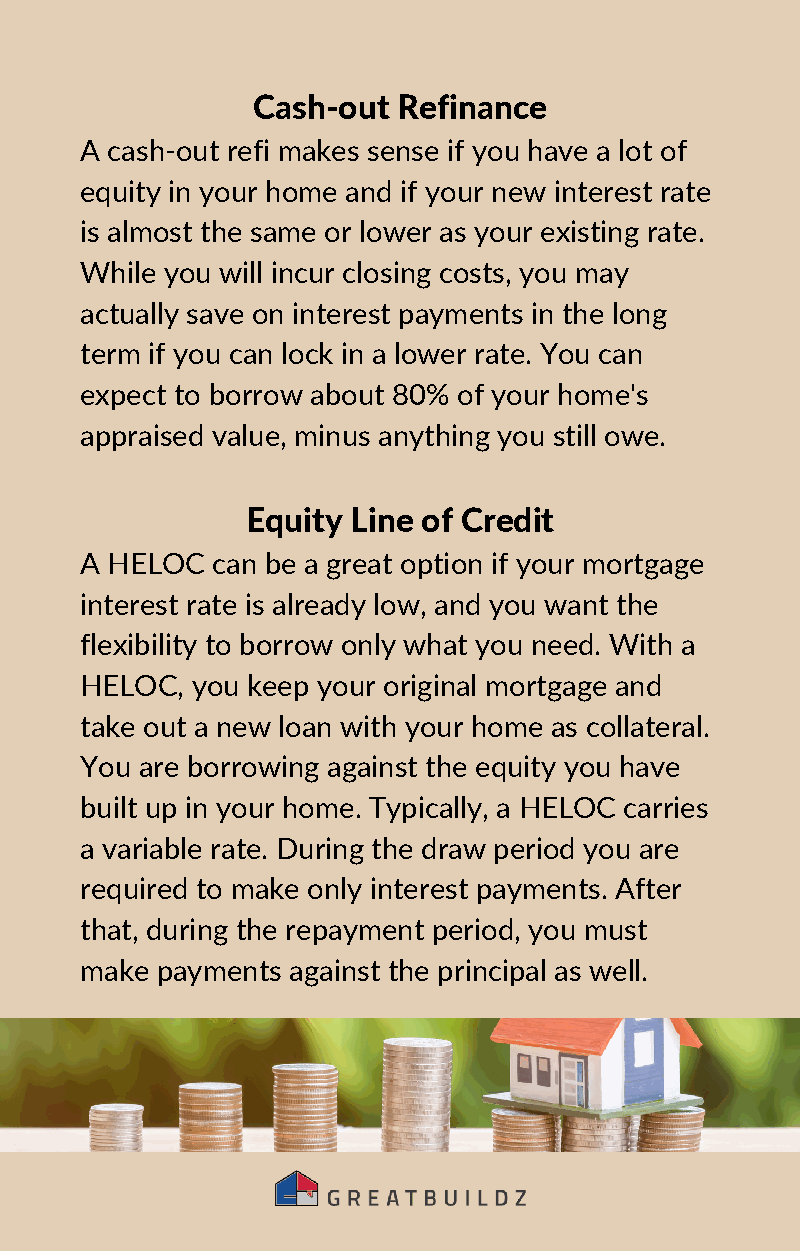
Cash-out Refinance
 A cash-out refi makes sense if you have a lot of
 equity in your home and if your new interest rate
 is almost the same or lower as your existing rate.
 While you will incur closing costs, you may
 actually save on interest payments in the long
 term if you can lock in a lower rate. You can
 expect to borrow about 80% of your home's
 appraised value, minus anything you still owe.
 Equity Line of Credit
 A HELOC  can be a great option if your mortgage
 interest rate is already low, and you want the
 flexibility to borrow only what you need. With a
 HELOC,  you keep your original mortgage and
 take out a new loan with your home as collateral.
 You are borrowing against the equity you have
 built up in your home. Typically, a HELOC carries
 a variable rate. During the draw period you are
 required to make only interest payments. After
 that, during the repayment period, you must
 make payments against the principal as well.